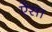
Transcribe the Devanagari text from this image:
ऐंसा